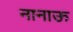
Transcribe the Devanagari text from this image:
नानाऊ